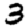
Digit: 3